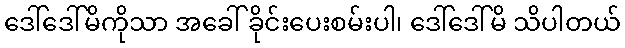
ဒေါ်ဒေါ်မိကိုသာ အခေါ် ခိုင်းပေးစမ်းပါ၊ ဒေါ်ဒေါ်မိ သိပါတယ်